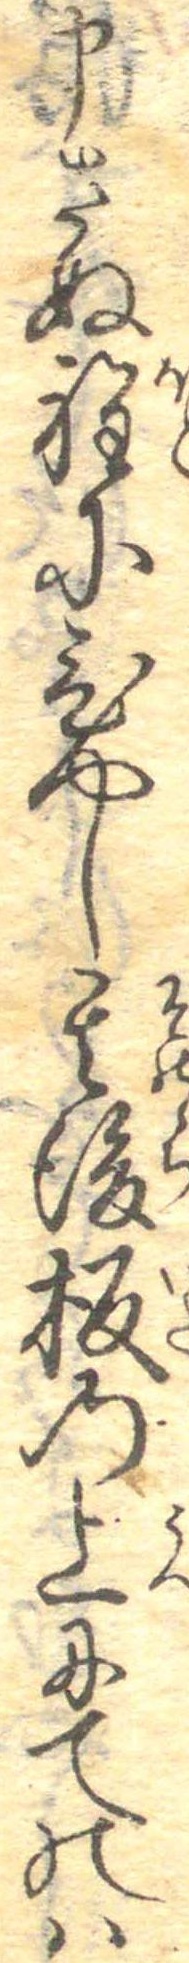
申さぬ程にひやし其後板の上にてのは